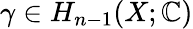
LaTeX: \gamma\in H_{n-1}(X;\mathbb{C})